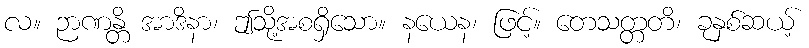
လ။ ဉာဏန္တိ အာဒိနာ၊ ဤသို့အစရှိသော။ နယေန၊ ဖြင့်။ တေသတ္တတိ၊ ခုနှစ်ဆယ့်